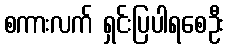
စကားလက် ရှင်းပြပါရစေဦး